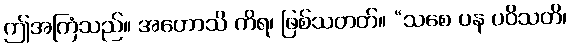
ဤအကြံသည်။ အဟောသိ ကိရ၊ ဖြစ်သတတ်။ “သစေ ပန ပဝိသတိ၊